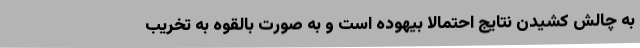
به چالش کشیدن نتایج احتمالا بیهوده است و به صورت بالقوه به تخریب